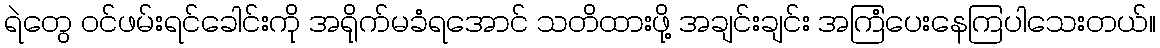
ရဲတွေ ဝင်ဖမ်းရင်ခေါင်းကို အရိုက်မခံရအောင် သတိထားဖို့ အချင်းချင်း အကြံပေးနေကြပါသေးတယ်။